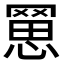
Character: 𦋮